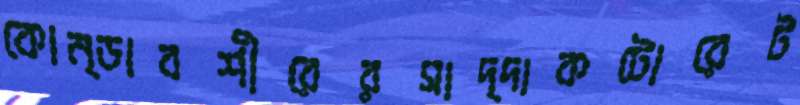
কোন্ডাবশীরেরসাদ্দাকটোরেট